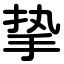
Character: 挚